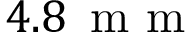
4 . 8 \, \mathrm { ~ m ~ m ~ }